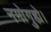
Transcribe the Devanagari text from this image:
नमोगुह्ये।